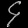
Digit: ၄